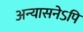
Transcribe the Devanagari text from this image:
अन्यासनेऽपि